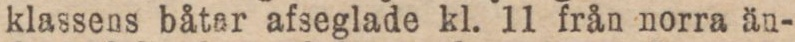
klassens båtar afseglade kl. 11 från norra än-